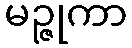
မဉ္ဇုကာ